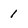
Character: 1